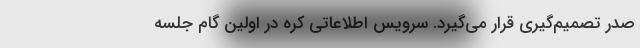
صدر تصمیم‌گیری قرار می‌گیرد. سرویس اطلاعاتی کره در اولین گام جلسه